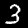
Label: 3